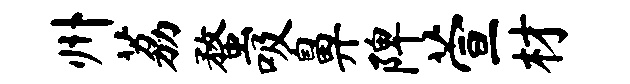
州荔蝥吸鼻陴萱材